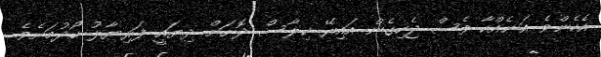
އެހެންވެ އަނެއްކާ ވެސް ޖެހިގެން އައިރޭ ކިލާސް ދޮށަށް ދިޔައީ ފަރިޔާލު ހޯދުމަށެވެ.